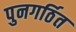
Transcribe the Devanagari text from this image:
पुनगर्ठित